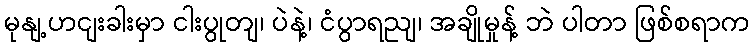
မုနျ့ဟငျးခါးမှာ ငါးပွုတျ၊ ပဲနဲ့၊ ငံပွာရညျ၊ အချိုမှုန့် ဘဲ ပါတာ ဖြစ်စရာက